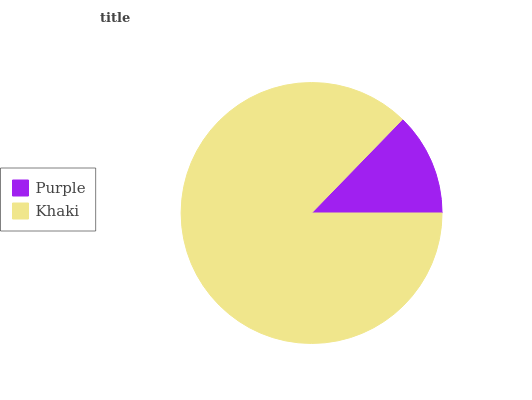
| Purple | Khaki |
 | --- | --- |
 | 12.7% | 87.3% |